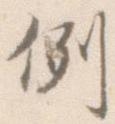
例